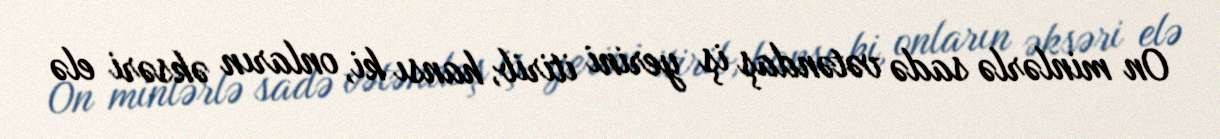
On minlərlə sadə vətəndaş iş yerini itirib, hansı ki, onların əksəri elə